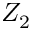
Z _ { 2 }